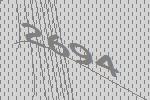
2694